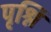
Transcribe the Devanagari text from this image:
पृश्नि